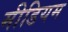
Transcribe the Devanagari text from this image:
मीडियम